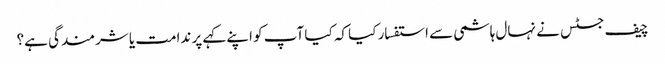
چیف جسٹس نے نہال ہاشمی سے استفسار کیا کہ کیا آپ کو اپنے کہے پر ندامت یا شرمندگی ہے؟